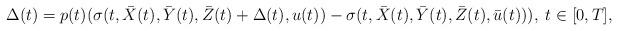
LaTeX: \begin{align*}\Delta(t)=p(t)(\sigma(t,\bar{X}(t),\bar{Y}(t),\bar{Z}(t)+\Delta(t),u(t))-\sigma(t,\bar{X}(t),\bar{Y}(t),\bar{Z}(t),\bar{u}(t))),\;t\in\lbrack0,T], \end{align*}